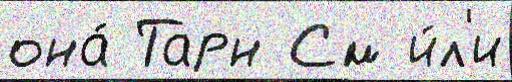
она́ Тарн См и́л'и